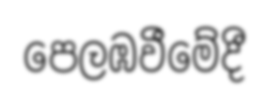
පෙලඹවීමේදී